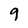
Character: q